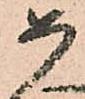
如